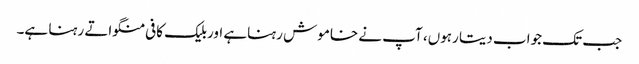
جب تک جواب دیتا رہوں، آپ نے خاموش رہناہے اوربلیک کافی منگواتے رہنا ہے۔